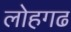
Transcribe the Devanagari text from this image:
लोहगढ